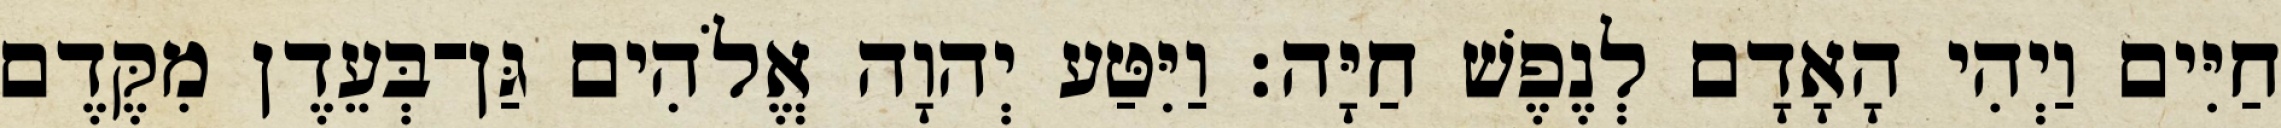
חַיִּים וַיְהִי הָאָדָם לְנֶפֶשׁ חַיָּה׃ וַיִּטַּע יְהוָה אֱלֹהִים גַּן־בְּעֵדֶן מִקֶּדֶם